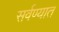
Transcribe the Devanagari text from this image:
सर्वण्यात